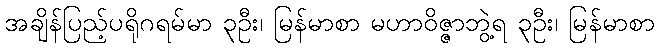
အချိန်ပြည့်ပရိုဂရမ်မာ ၃ဦး၊ မြန်မာစာ မဟာဝိဇ္ဇာဘွဲ့ရ ၃ဦး၊ မြန်မာစာ